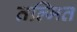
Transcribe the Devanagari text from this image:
तल्मित